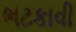
ભટકાવી